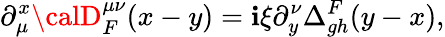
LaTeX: \partial_{\mu}^{x}{\calD}_{F}^{\mu\nu}(x-y)=\mathbf{i}\xi\partial_{y}^{\nu}\Delta_{gh}^{F}(y-x),